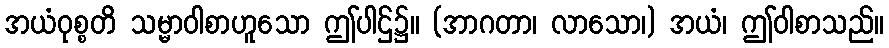
အယံဝုစ္စတိ သမ္မာဝါစာဟူသော ဤပါဌ်၌။ (အာဂတာ၊ လာသော၊) အယံ၊ ဤဝါစာသည်။